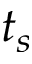
t _ { s }